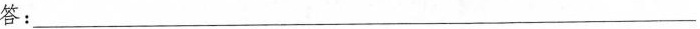
答：___